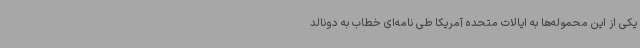
یکی از این محموله‌ها به ایالات متحده آمریکا طی نامه‌ای خطاب به دونالد